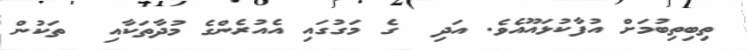
ތިބިތިބުމަށް އުފާކުޅައޫއެެވެ. އަދި  ގެ މަގުގައި އެއުރެންގެ މުދާތަކާއި  ތަކުން